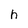
Character: h